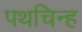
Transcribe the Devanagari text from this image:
पथचिन्ह